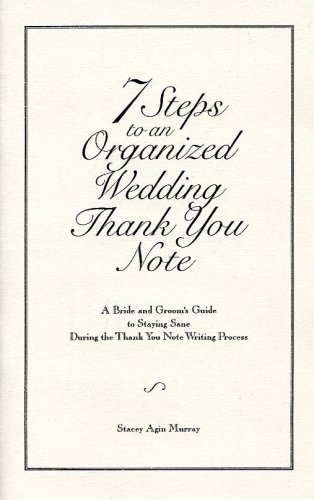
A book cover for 7 Steps to an Organized Wedding Thank You Note: A Bride and Groom's Guide to Staying Sane During the Thank You Note Writing Process; Stacey Agin Murray; Crafts, Hobbies & Home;